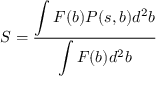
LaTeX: S = \frac { \displaystyle \int F ( b ) P ( s , b ) d ^ { 2 } b } { \displaystyle \int F ( b ) d ^ { 2 } b }